Report on vaccination in Madras 1922-1929 - 1922-1929
Year: 1922
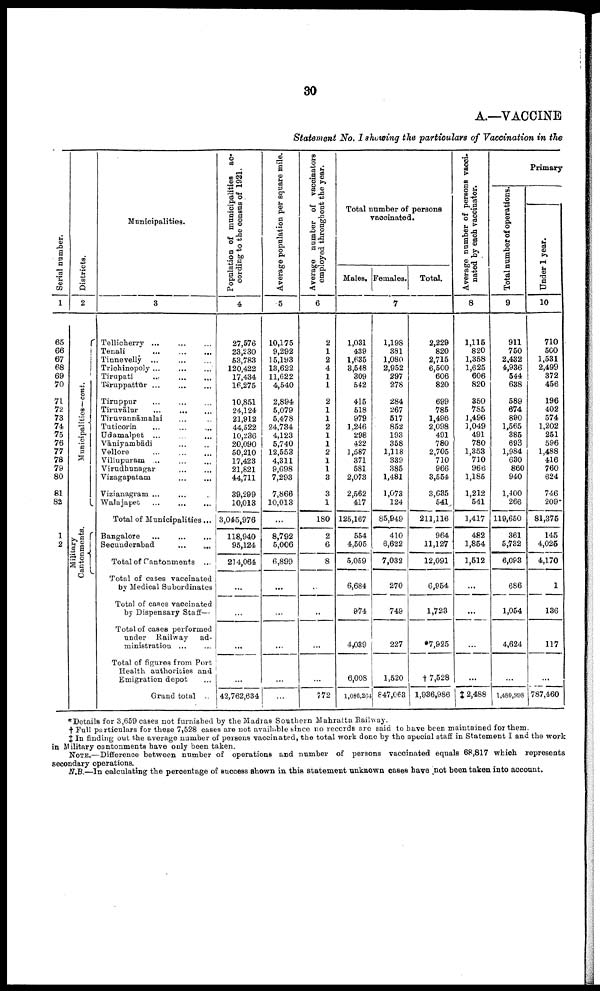
30
A.—VACCINE
Statement No. I showing the particulars of Vaccination in the
Serial number.
1
65
66
67
68
69
70
71
72
73
74
75
76
77
78
79
80
81
82
1
2
Districts.
2
Municipalities—cont.
Military
Cantonments.
Municipalities.
3
Tellicherry ... ... ...
Tenali
...
...
...
Tinnevelly ... ... ...
Trichinopoly
...
...
...
Tirupati
...
...
...
Tiruppattūr
...
...
...
Tiruppur
...
...
...
Tiruvālur
...
...
...
Tiruvannāmalai ... ...
Tuticorin ... ... ...
Udamalpet ... ... ...
Vāniyambādi
...
...
Vellore
...
...
...
Villupuram ... ...
Virudhunagar
...
...
Vizagapatam
...
...
Vizianagram ... ... ...
Walajapet
...
...
...
Total of Municipalities ...
Bangalore
...
...
...
Secunderabad
...
...
Total of Cantonments ...
Total of cases vaccinated
by Medical Subordinates
Total of cases vaccinated
by Dispensary Staff—
Total of cases performed
under Railway
ad
ministration ... ...
Total of figures from Port
Health authorities and
Emigration depot ...
Grand total ...
Population of municipalities ac
cording to the census of 1921.
4
27,576
23,230
53,783
120,422
17,434
16,275
10,851
24,124
21,912
44,522
10,236
20,090
50,210
17,423
21,821
44,711
39,299
10,013
3,045,976
118,940
95,124
214,064
...
...
...
...
42,762,634
Average population per square mile.
5
10,175
9,292
15,193
13,622
11,622
4,540
2,894
5,079
5,478
24,734
4,123
5,740
12,553
4,311
9,698
7,293
7,866
10,013
...
8,792
5,006
6,899
...
...
...
...
...
Average number of vaccinators
employed throughout the year.
6
2
1
2
4
1
1
1
1
1
1
1
1
1
1
1
3
3
1
180
2
6
8
...
...
...
...
772
Total number of persons
vaccinated.
Males. Females.
Total.
7
1,031
439
1,635
3,548
309
542
415
518
979
1,246
298
422
1,587
371
581
2,073
2,562
417
125,167
554
4,505
5,059
6,684
974
4,039
6,008
1,086,264
1,198
381
1,080
2,952
297
278
284
267
517
852
193
358
1,118
339
385
1,481
1,073
124
85,949
410
6,622
7,032
270
749
227
1,520
847,063
2,229
820
2,715
6,500
606
820
699
785
1,496
2,098
491
780
2,705
710
966
3,554
3,635
541
211,116
964
11,127
12,091
6,954
1,723
*7,925
† 7,528
1,936,986
Average number of persons vacci
nated by each vaccinator.
8
1,115
820
1,358
1,625
606
820
350
785
1,496
1,049
491
780
1,353
710
966
1,185
1,212
541
1,417
482
1,854
1,512
...
...
...
...
‡2,488
Primary
Total number of operations.
9
911
750
2,432
4,936
544
638
589
674
890
1,565
385
693
1,984
630
860
940
1,400
266
119,650
361
5,732
6,093
686
1,054
4,624
...
1,480,998
Under 1 year.
10
710
500
1,531
2,499
372
456
196
402
574
1,202
251
596
1,488
416
760
624
746
209
81,375
145
4,025
4,170
1
136
117
...
787,460
*Details for 3,659 cases not furnished by the Madras Southern Mahratta Railway.
† Full particulars for these 7,528 cases are not available since no records are said to have been maintained for them.
‡ In finding out the average number of persons vaccinated, the total work done by the special staff in Statement I and the work
in Military cantonments have only been taken.
NOTE.—Difference between number of operations and number of persons vaccinated equals 68,817 which represents
secondary operations.
N.B.—In calculating the percentage of success shown in this statement unknown cases have not been taken into account.